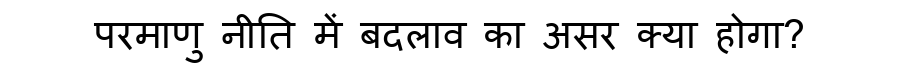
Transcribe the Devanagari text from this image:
परमाणु नीति में बदलाव का असर क्या होगा?